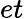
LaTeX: et